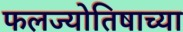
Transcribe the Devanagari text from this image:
फलज्योतिषाच्या